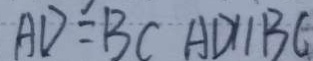
A D = B C A D / / B C